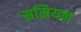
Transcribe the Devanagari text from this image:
समियन